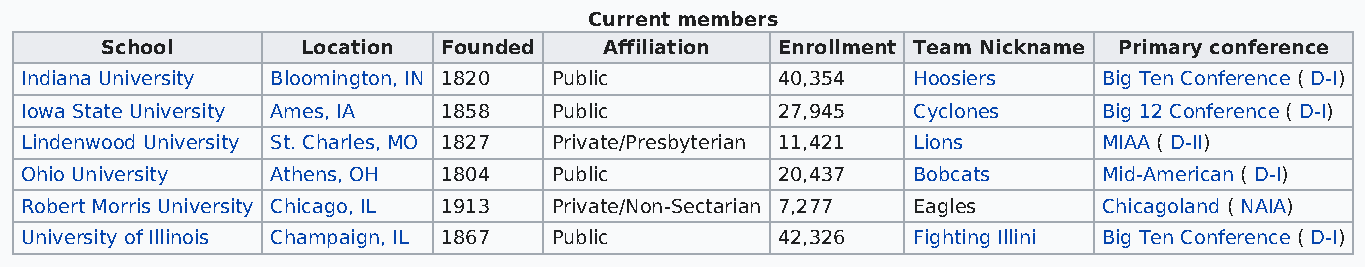
Current members
 School       Location Founded    Affiliation Enrollment Team Nickname Primary conference
 Indiana University Bloomington, IN 1820 Public    40,354   Hoosiers     Big Ten Conference ( D-I)
 Iowa State University Ames, IA 1858 Public        27,945   Cyclones     Big 12 Conference ( D-I)
 Lindenwood University St. Charles, MO 1827 Private/Presbyterian 11,421 Lions MIAA ( D-II)
 Ohio University  Athens, OH 1804    Public        20,437   Bobcats      Mid-American ( D-I)
 Robert Morris University Chicago, IL 1913 Private/Non-Sectarian 7,277 Eagles Chicagoland ( NAIA)
 University of Illinois Champaign, IL 1867 Public  42,326   Fighting Illini Big Ten Conference ( D-I)